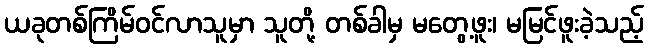
ယခုတစ်ကြိမ်ဝင်လာသူမှာ သူတို့ တစ်ခါမှ မတွေ့ဖူး၊ မမြင်ဖူးခဲ့သည့်